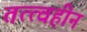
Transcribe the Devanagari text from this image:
तत्त्वहीन